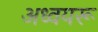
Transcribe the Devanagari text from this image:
अध्वयरू